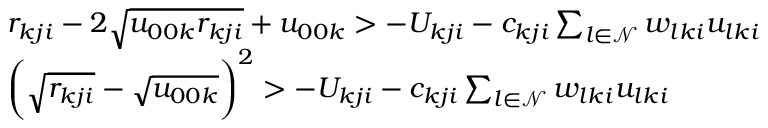
\begin{array} { r l } & { r _ { k j i } - 2 \sqrt { u _ { 0 0 k } r _ { k j i } } + u _ { 0 0 k } > - U _ { k j i } - c _ { k j i } \sum _ { l \in \mathcal { N } } w _ { l k i } u _ { l k i } } \\ & { \bigg ( \sqrt { r _ { k j i } } - \sqrt { u _ { 0 0 k } } \bigg ) ^ { 2 } > - U _ { k j i } - c _ { k j i } \sum _ { l \in \mathcal { N } } w _ { l k i } u _ { l k i } } \end{array}